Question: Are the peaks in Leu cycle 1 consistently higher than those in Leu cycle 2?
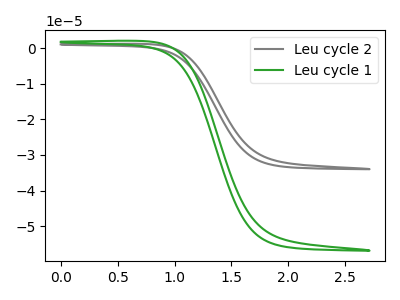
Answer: <think>The gray curve "Leu cycle 2" has no peaks. The green curve "Leu cycle 1" has no peaks.</think>
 <answer>Niether CV has any peaks.</answer>
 <eval>blanks</eval>